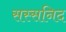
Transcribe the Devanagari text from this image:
सस्सनिद